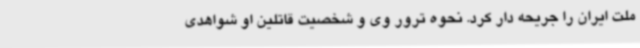
ملت ایران را جریحه دار کرد. نحوه ترور وی و شخصیت قاتلین او شواهدی